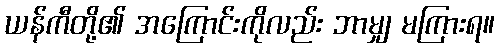
ယန်ကီတို့၏ အကြောင်းကိုလည်း ဘာမျှ မကြားရ။